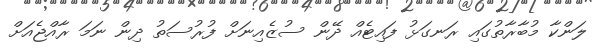
ލަންކާ މުބާރާތުގައި ރަނގަޅު ފައިޓެއް ދޭން ސުޒެއިނަށް ފުރުސަތު ދިން ނަމަ ރާއްޖެއަށް